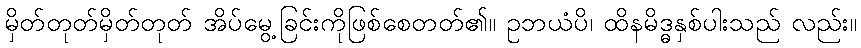
မှိတ်တုတ်မှိတ်တုတ် အိပ်မွေ့ခြင်းကိုဖြစ်စေတတ်၏။ ဥဘယံပိ၊ ထိနမိဒ္ဓနှစ်ပါးသည် လည်း။